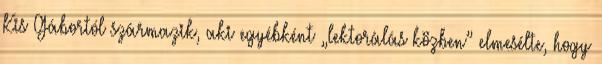
Kis Gábortól származik, aki egyébként „lektorálás köz­ben” elmesélte, hogy